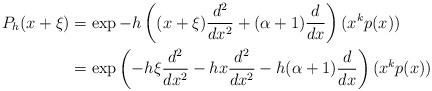
LaTeX: \begin{align*}P_h(x+\xi)&= \exp -h\left((x+\xi)\frac{d^2}{dx^2} + (\alpha + 1)\frac{d}{dx}\right)(x^kp(x))\\&= \exp\left(-h\xi\frac{d^2}{dx^2} - hx\frac{d^2}{dx^2} - h (\alpha + 1)\frac{d}{dx}\right)(x^kp(x))\end{align*}